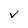
Character: v